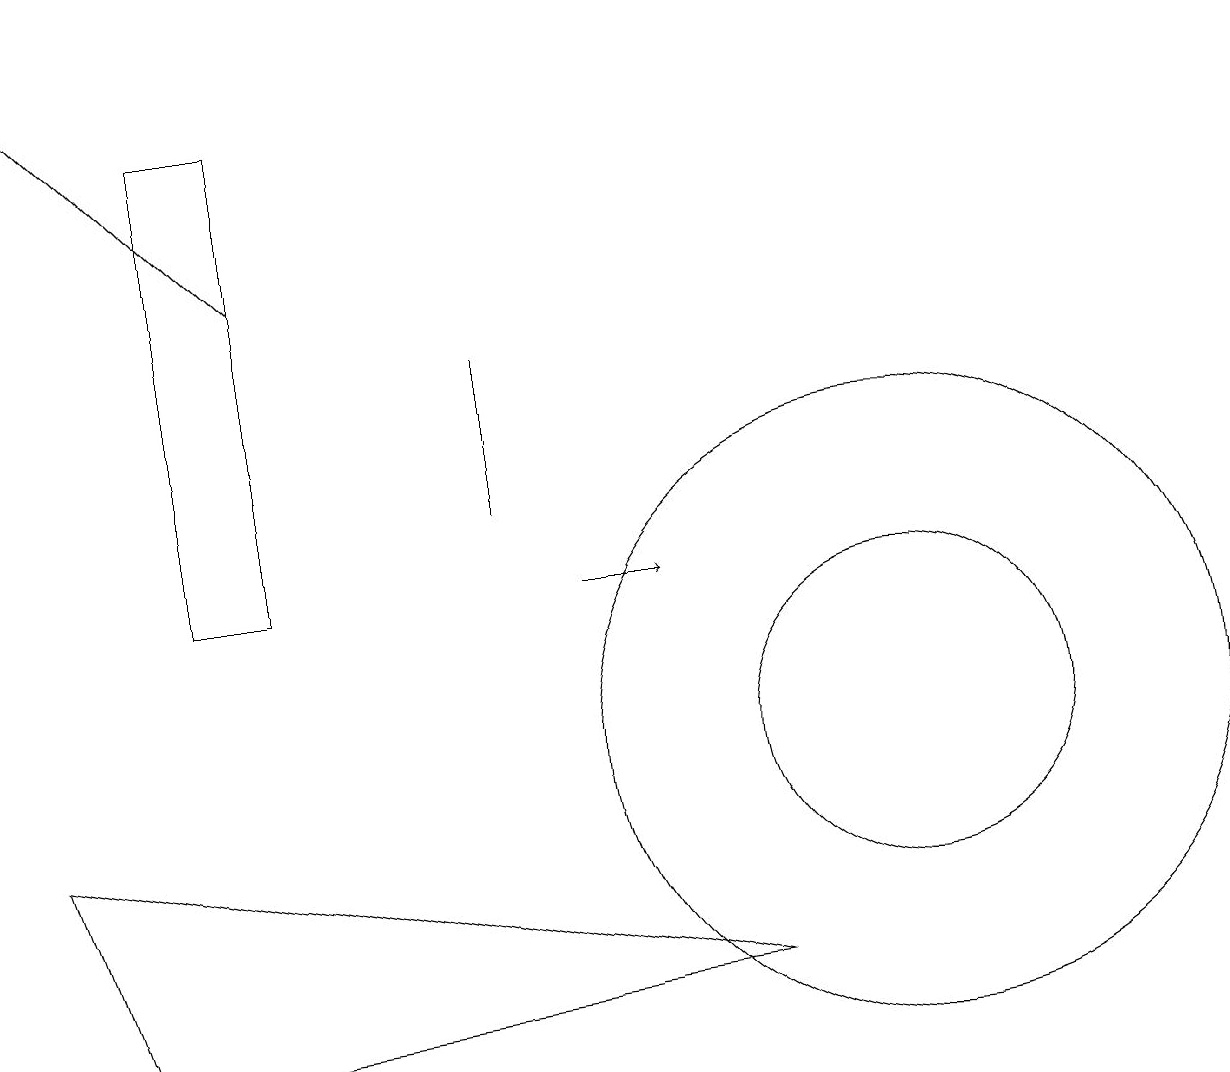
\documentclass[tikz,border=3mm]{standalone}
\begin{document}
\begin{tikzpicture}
\draw (2,18) rectangle (3,12);
\draw (11,10) circle (4);
\draw (6,15) rectangle (6,13);
\draw[->] (7,12) -- (8,12);
\draw (0,9) -- (9,7) -- (1,6) -- cycle;
\draw (2,16) rectangle (2,17);
\draw (11,10) circle (2);
\draw[->] (3,16) -- (0,19);
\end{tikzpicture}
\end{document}